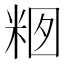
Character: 𱸽